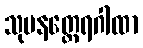
သုမနတ္ထေရဂါထာ